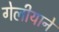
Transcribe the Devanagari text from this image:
गेलीयाने